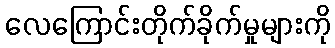
လေကြောင်းတိုက်ခိုက်မှုများကို